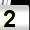
Digit: 2